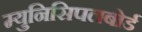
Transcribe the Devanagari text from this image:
म्युनिसिपलबोर्ड